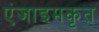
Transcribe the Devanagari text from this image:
एंजाइमकृत